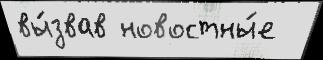
вы́звав новостны́е